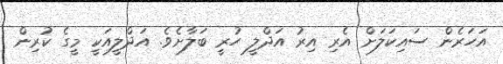
އަހަރެން ސައިކަލަށް އެރި އިރު އަދްލީ ހުރީ ބަލާށެވެ. އަދްލީއަކީ މީގެ ކުރިން